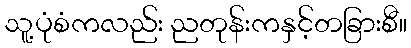
သူ့ပုံစံကလည်း ညတုန်းကနှင့်တခြားစီ။